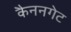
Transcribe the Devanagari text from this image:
कैननगेट